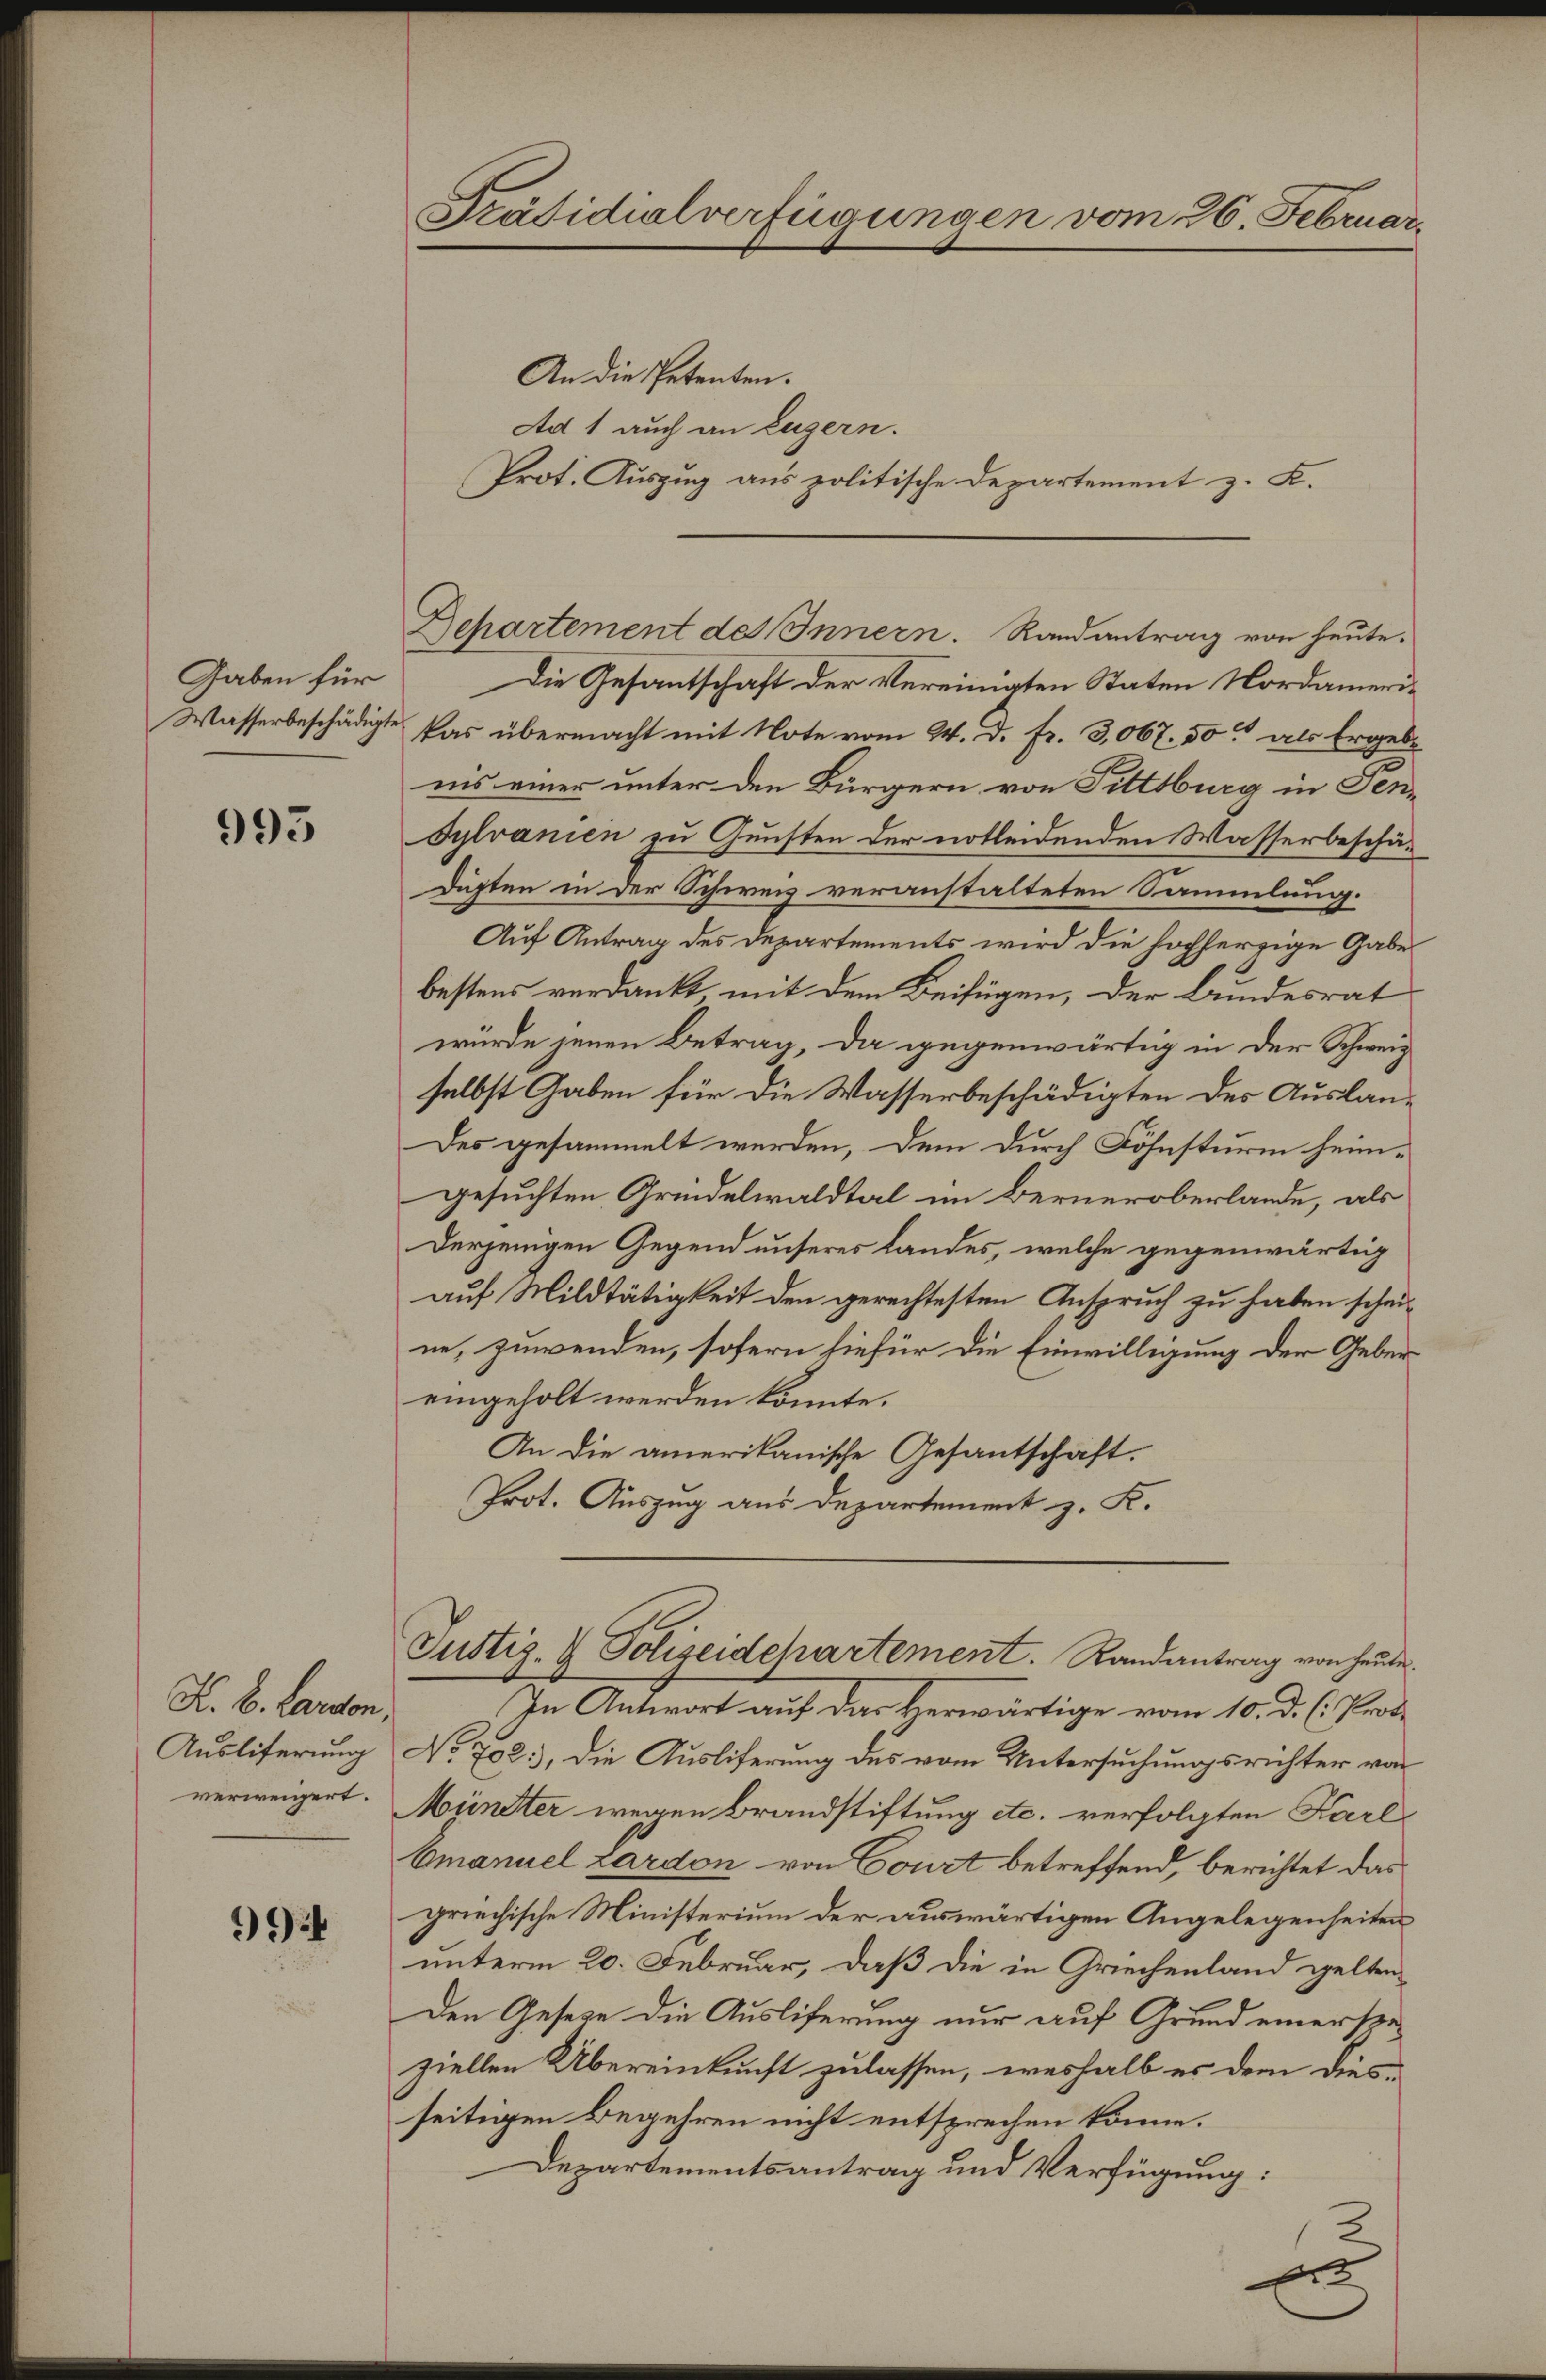
Gaben für
Wasserbeschädigte

995

K. B. Lardon
Ausliferung
verweigert.

99

Präsidialverfügungen vom 26. Februar.

An die Petenten.
Ad 1 auch an Luzern.
Departement des Innern. Randantrag von heute.
Die Gesantschaft der Vereinigten Staten Nordamerikas übermacht mit Note vom 24. d. fr. 3,067. 50 als Ergebe
nis einer unter den Bürgern von Fittsburg in Ten-
Sylvanien zu Gunsten der notleidenden Wasserbeschä¬
Dichten in der Schweiz veranstalteten Sammlung.
Auf Antrag des Departements wird die hochherzige Gabe
bestens verdankt, mit dem Beifügen, der Bundesrat
wurde jenen Betrag, da gegenwärtig in der Schweiz
selbst Gaben für die Wasserbeschädigten des Auslan¬
Des gesammelt werden, dem durch Föhnsturm heimgesuchten Gründelwaldtal im Berneroberlande, als
derjenigen Gegend unseres Landes, welche gegenwärtig
auf Mildtätigkeit den gerechtesten Anspruch zu haben scheine, zuwenden, sofern hiefür die Einwilligung der Geber
eingeholt werden könnte.
An die amerikanische Gesantschaft.
Prot. Auszug aus Departement z. K.

Prot. Auszug aus politische Departement z. K.

Justiz- & Polizeidepartement. Randantrag von heute.

In Antwort auf das Herwärtige vom 10. d. h. Prof.
No 702.), die Ausliferung des vom Untersuchungsrichter von
Mündter wegen Brandstiftung etc. verfolgten Karl¬
Emanuel Zardon von Court betreffend, berichtet das
griechische Ministerium der auswärtigen Angelegenheiten
unterm 20. Februar, daß die in Griechenland gelten¬
Den Gesetze die Ausliferung nur auf Grund einerspe
ziellen Übereinkunft zulassen, weshalb es dem dies
seitigen Begehren nicht entsprechen könne.
Departementsantrag und Verfügung:
2